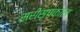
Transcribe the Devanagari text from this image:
सरीसृपकाल